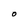
Character: O